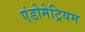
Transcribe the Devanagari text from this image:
एंडोमेट्रियम